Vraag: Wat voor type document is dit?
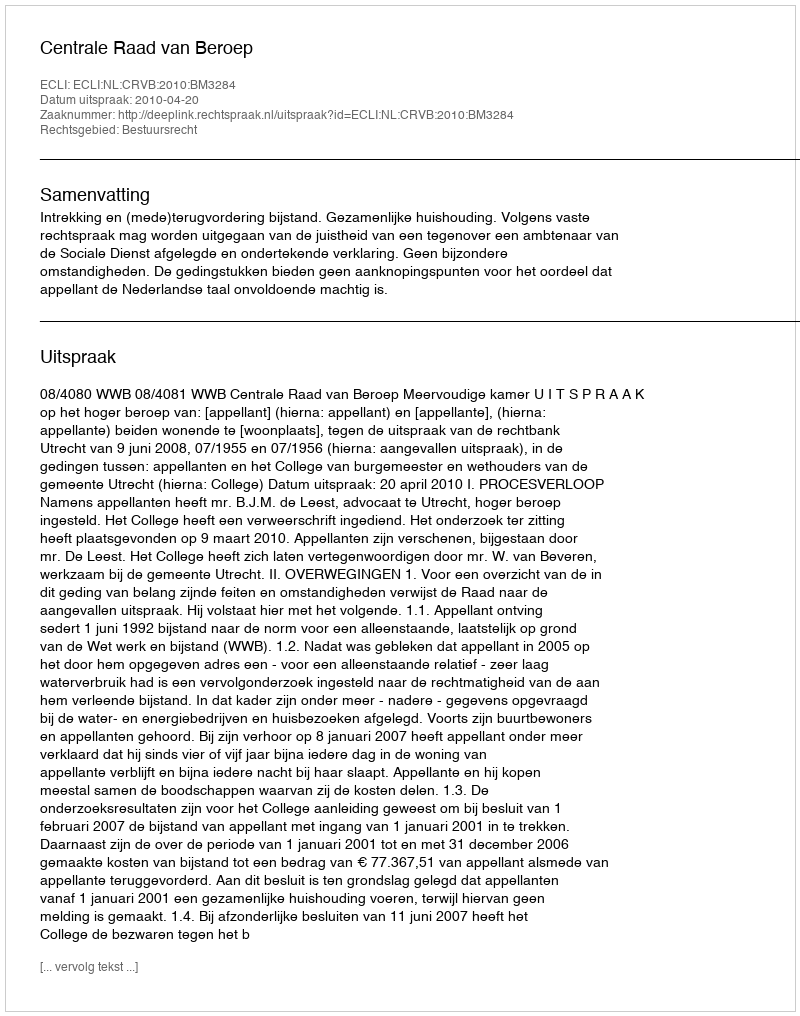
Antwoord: Uitspraak